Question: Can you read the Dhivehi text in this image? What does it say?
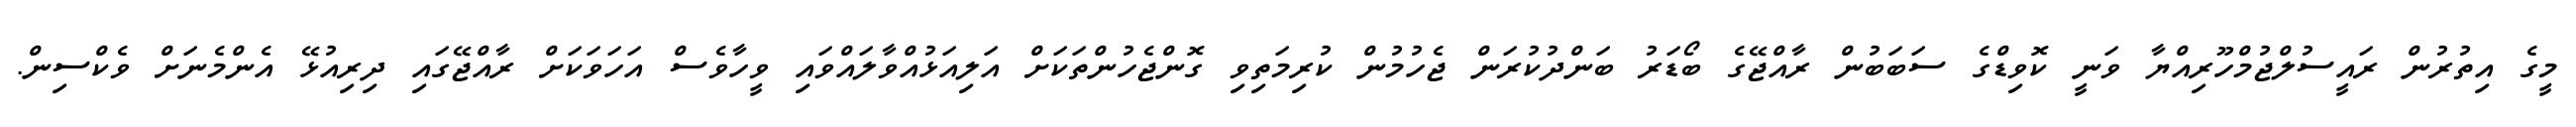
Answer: މީގެ އިތުރުން ރައީސުލްޖުމްހޫރިއްޔާ ވަނީ ކޮވިޑްގެ ސަބަބުން ރާއްޖޭގެ ބޯޑަރު ބަންދުކުރަން ޖެހުމުން ކުރިމަތިވި ގޮންޖެހުންތަކަށް އަލިއަޅުއްވާލައްވައި ވީހާވެސް އަހަވަކަށް ރާއްޖޭގައި ދިރިއުޅޭ އެންމެނަށް ވެކްސިން.